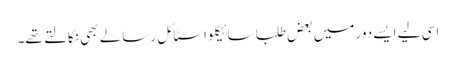
اسی لیے ایسے دور میں بعض طلبا سائیکلو اسٹائل رسالے بھی نکالتے تھے۔